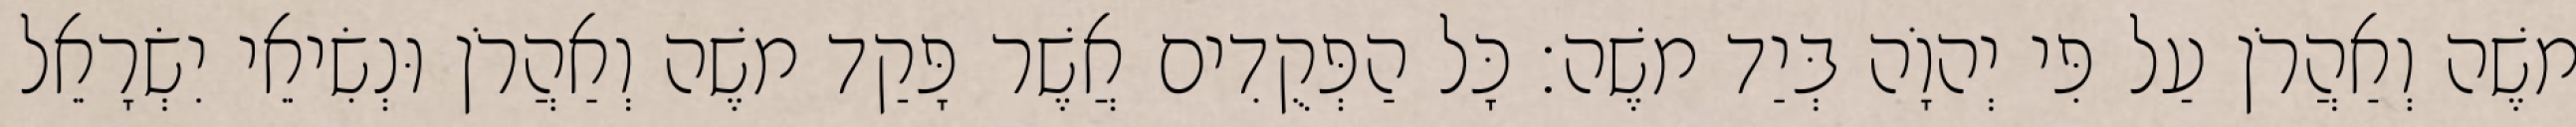
משֶׁה וְאַהֲרֹן עַל פִּי יְהוָֹה בְּיַד משֶׁה׃ כָּל הַפְּקֻדִים אֲשֶׁר פָּקַד משֶׁה וְאַהֲרֹן וּנְשִׂיאֵי יִשְׂרָאֵל